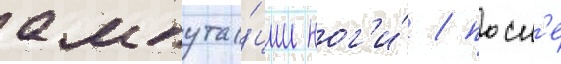
ампута́ции ног'и́ / посл'е